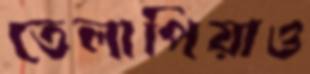
তেলাপিয়াও